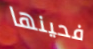
فحينها